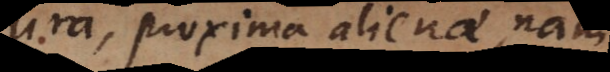
cura, proxima alienae, nam